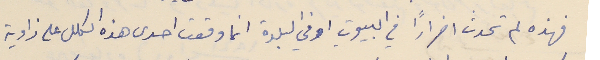
فهذه لم تحدث اضرارًا في البيوت او في البلدة انما وقعت احدى هذه الكلل على زاوية